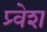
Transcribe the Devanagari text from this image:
प्र्वेश